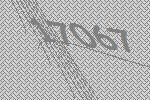
17067